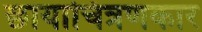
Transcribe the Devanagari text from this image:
छायाचित्रणकार